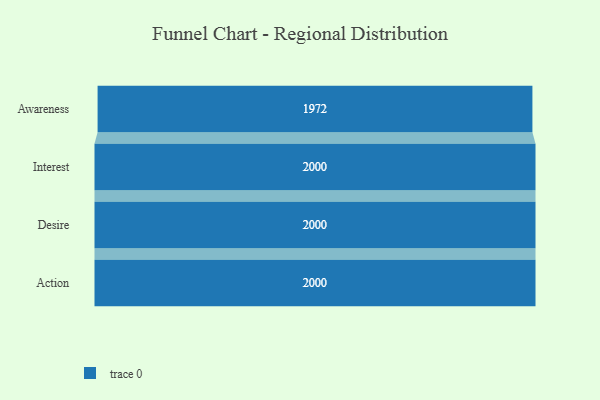
{"axis": {"x": "Stage", "y": "Value"}, "legend": [""], "data": [{"x": "Awareness", "y": 1972.0, "type": ""}, {"x": "Interest", "y": 2000, "type": ""}, {"x": "Desire", "y": 2000, "type": ""}, {"x": "Action", "y": 2000, "type": ""}]}